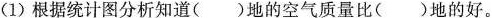
(1)根据统计图分析知道()地的空气质量比()地的好。